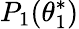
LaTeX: P_{1}(\theta_{1}^{*})